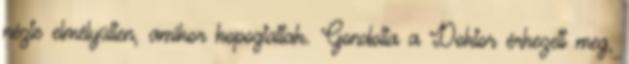
nézte elmélyülten, amikor kopogtattak. Gondolta a Doktor érkezett meg,